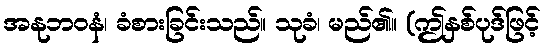
အနုဘဝနံ၊ ခံစားခြင်းသည်။ သုခံ၊ မည်၏။ (ဤနှစ်ပုဒ်ဖြင့်